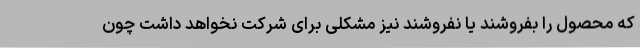
که محصول را بفروشند یا نفروشند نیز مشکلی برای شرکت نخواهد داشت چون